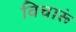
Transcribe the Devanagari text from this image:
विचारूं